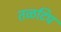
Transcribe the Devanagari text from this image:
तळटिप